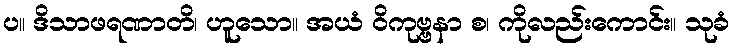
ပ။ ဒိသာဖရဏာတိ၊ ဟူသော။ အယံ ဝိကုဗ္ဗနာ စ၊ ကိုလည်းကောင်း။ သုခံ